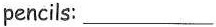
pencils: ___